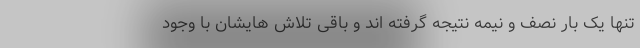
تنها یک بار نصف و نیمه نتیجه گرفته اند و باقی تلاش هایشان با وجود